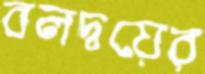
বলদ্বয়ের